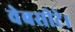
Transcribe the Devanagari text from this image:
वेबसीटे।